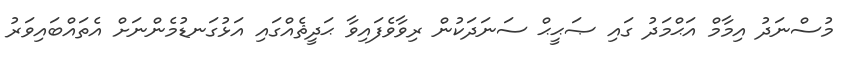
މުސްނަދު އިމާމް އަޙްމަދު ގައި ޞަޙީޙް ސަނަދަކުން ރިވާވެފައިވާ ޙަދީޘެއްގައި އަޅުގަނޑުމެންނަށް އެތައްބައިވަރު